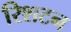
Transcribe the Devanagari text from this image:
रिशटन